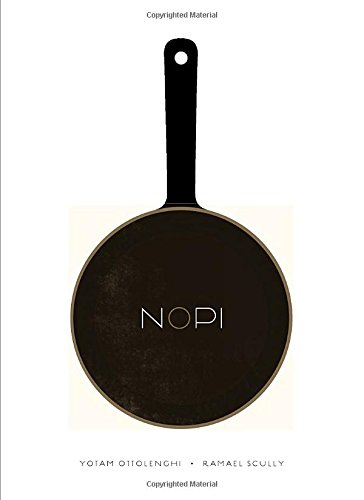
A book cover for NOPI: The Cookbook; Yotam Ottolenghi; Cookbooks, Food & Wine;